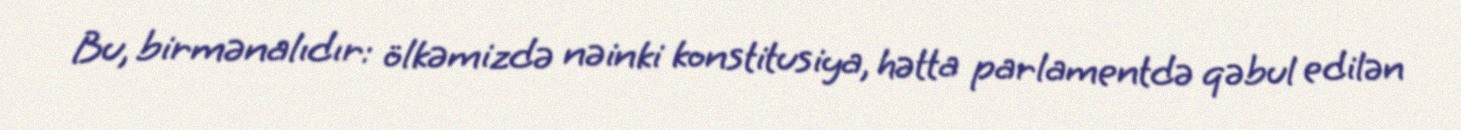
Bu, birmənalıdır: ölkəmizdə nəinki konstitusiya, hətta parlamentdə qəbul edilən